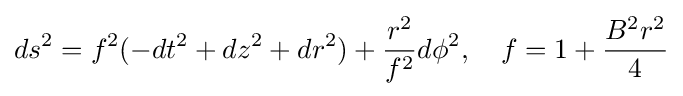
ds^{2}=f^{2}(-dt^{2}+dz^{2}+dr^{2})+{\frac {r^{2}}{f^{2}}}d\phi ^{2},\quad f=1+{\frac {B^{2}r^{2}}{4}}